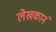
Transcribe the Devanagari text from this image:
लेखकानं